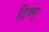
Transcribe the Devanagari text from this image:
ट्रिक्स्